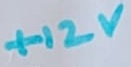
Text: +12V